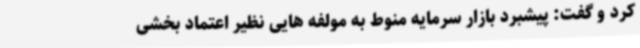
کرد و گفت: پیشبرد بازار سرمایه منوط به مولفه هایی نظیر اعتماد بخشی